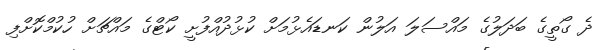
ދެ ގޯތީގެ ބަދަލުގެ މައްސަލަ އަލުން ކަނޑައެޅުމަށް ކުޅުދުއްފުށީ ކޯޓްގެ މައްޗަށް ހުކުމްކޮށްފި